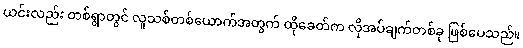
ယင်းလည်း တစ်ရွာတွင် လူသစ်တစ်ယောက်အတွက် ထိုခေတ်က လိုအပ်ချက်တစ်ခု ဖြစ်ပေသည်။